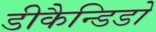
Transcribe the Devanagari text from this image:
डीकैन्डिडो